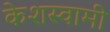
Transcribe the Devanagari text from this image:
केशस्वामी